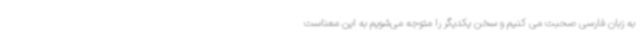
به زبان فارسی صحبت می کنیم و سخن یکدیگر را متوجه می‌شویم به این معناست